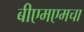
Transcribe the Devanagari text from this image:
बीएमएमचा